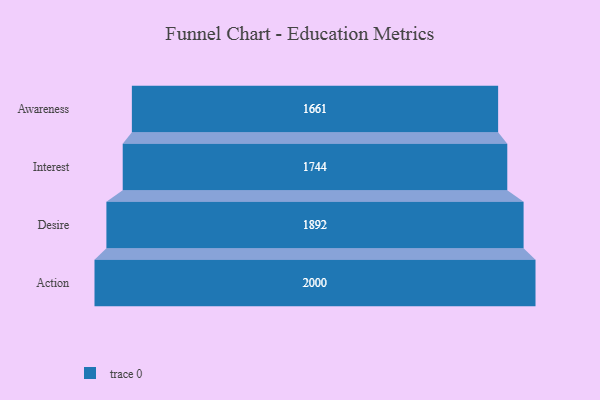
{"axis": {"x": "Stage", "y": "Value"}, "legend": [""], "data": [{"x": "Awareness", "y": 1661.0, "type": ""}, {"x": "Interest", "y": 1744.0, "type": ""}, {"x": "Desire", "y": 1892.0, "type": ""}, {"x": "Action", "y": 2000, "type": ""}]}